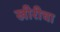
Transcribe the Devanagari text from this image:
खीरीचा